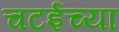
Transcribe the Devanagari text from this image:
चटईच्या